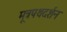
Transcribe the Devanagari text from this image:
मूत्रपथदर्शन